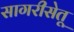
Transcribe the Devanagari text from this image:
सागरीसेतू